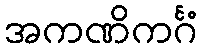
အကဏိကင်္ဂံ